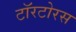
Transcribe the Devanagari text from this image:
टॉरटोरस